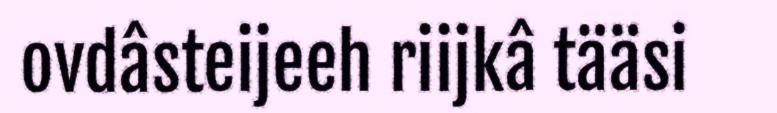
ovdâsteijeeh riijkâ tääsi